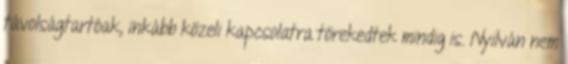
távolságtartóak, inkább közeli kapcsolatra törekedtek mindig is. Nyilván nem